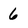
Character: 6